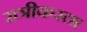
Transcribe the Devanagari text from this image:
रात्रीकरता